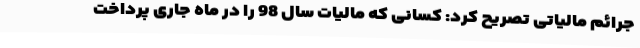
جرائم مالیاتی تصریح کرد: کسانی که مالیات سال 98 را در ماه جاری پرداخت